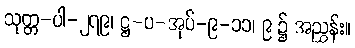
သုတ္တ-ပါ-၂၇၉၊ ဋ္ဌ-ပ-အုပ်-၉-၁၁၊ ၉ ၌ အညွှန်း။